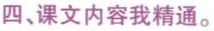
四、课文内容我精通。